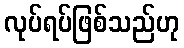
လုပ်ရပ်ဖြစ်သည်ဟု